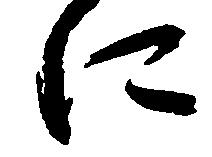
に